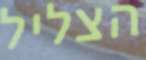
הצליל